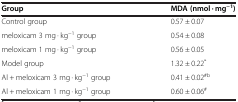
| Group | MDA (nmol · mg−1) |
 | --- | --- |
 | Control group | 0.57 ± 0.07 |
 | meloxicam 3 mg · kg−1 group | 0.54 ± 0.08 |
 | meloxicam 1 mg · kg−1 group | 0.56 ± 0.05 |
 | Model group | 1.32 ± 0.22* |
 | Al + meloxicam 3 mg · kg−1 group | 0.41 ± 0.02#b |
 | Al + meloxicam 1 mg · kg−1 group | 0.60 ± 0.06# |